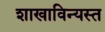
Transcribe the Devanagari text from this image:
शाखाविन्यस्त